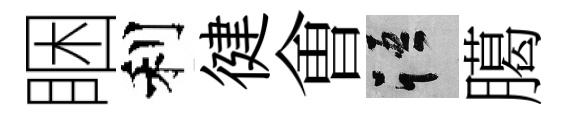
睏利徤㑹語臈